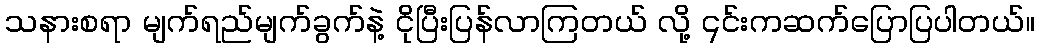
သနားစရာ မျက်ရည်မျက်ခွက်နဲ့ ငိုပြီးပြန်လာကြတယ် လို့ ၎င်းကဆက်ပြောပြပါတယ်။